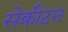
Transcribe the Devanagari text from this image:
सेक्रीटन